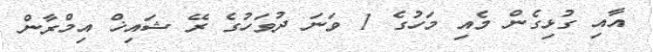
އާއި ގުޅިގެން މެއި މަހުގެ 1 ވަނަ ދުވަހުގެ ރޭ ޝައިޚް އިމްރާން